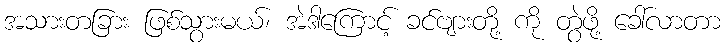
အသားတခြား ဖြစ်သွားမယ်၊ အဲဒါကြောင့် ခင်ဗျားတို့ ကို တွဲဖို့ ခေါ်လာတာ